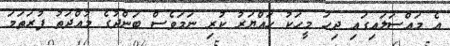
އެ މައްސަލައިގައި ދިހަ މީހަކު ހައްޔަރު ކުރި ނަމަވެސް ބަންދުގެ މުއްދަތު ފުރަތަމަ